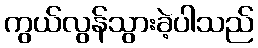
ကွယ်လွန်သွားခဲ့ပါသည်